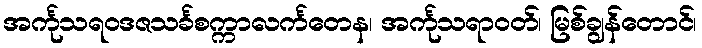
အင်္ကုသရဝဒဇသင်္ခစက္ကာလင်္ကတေန၊ အင်္ကုသရာဝတ်၊ မြစ်ချွန်တောင်၊